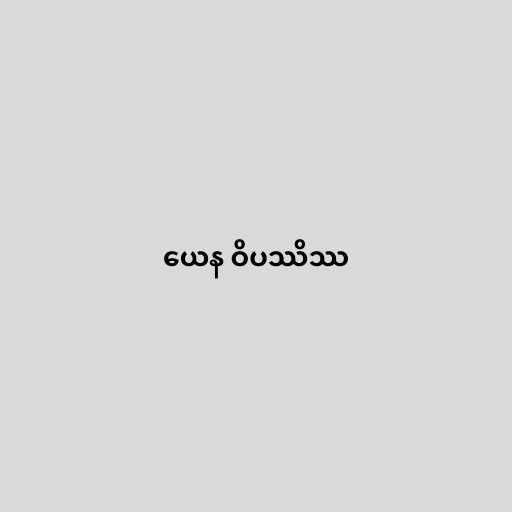
ယေန ဝိပဿိဿ